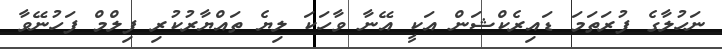
ނަހުލާގެ ފުރަތަމަ ޑައިރެކްޝަން އަކީ އޭނާ ވާހަކަ ލިޔެ ތައްޔާރުކުރި ފިލްމް ފަހުނޭވާ